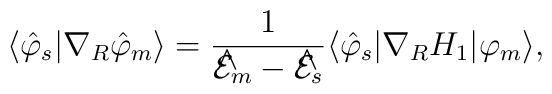
\langle \hat \varphi _s|\nabla _R\hat \varphi _m\rangle=\frac 1{{\cal \hat E}_m-{\cal \hat E}_s}\langle \hat \varphi _s|\nabla_RH_1|\varphi _m\rangle ,